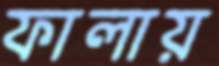
ফালায়